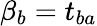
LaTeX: \beta_{b}=t_{ba}